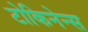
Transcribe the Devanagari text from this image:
टोकिनेन्स